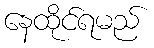
နေထိုင်ရမည်